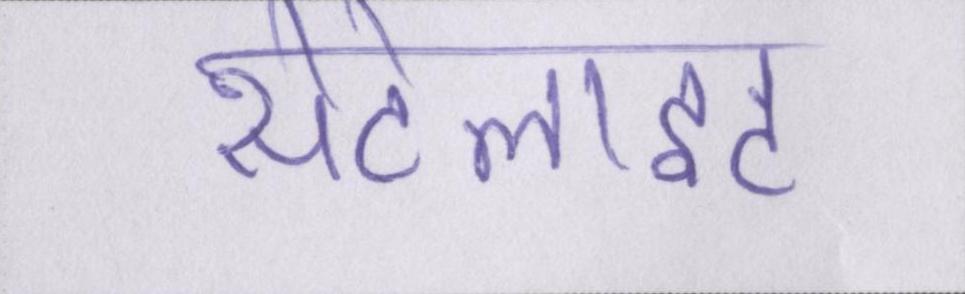
सेटेलाइट